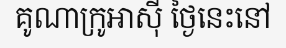
គូណាក្រូអាស៊ី ថ្ងៃនេះនៅ